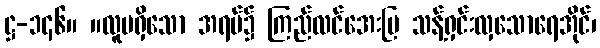
ဋ္ဌ-၁၄၆။ ။လူမရှိသော အရပ်၌ ကြည်လင်အေးမြ သန့်ရှင်းလှသောရေအိုင်၊